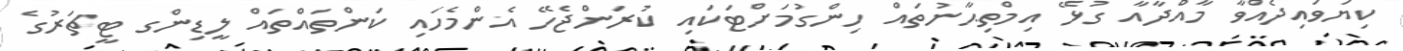
ކިޔަވައިދެއްވާ މާއްދާއާ ގުޅޭ އިމްތިޙާނުތައް ހިންގުމަށްޓަކައި ކުރަންޖެހޭ އެންމެހައި ކަންތައްތައް ލީޑިންގ ޓީޗަރުގެ